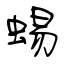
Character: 蜴